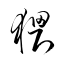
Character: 猥